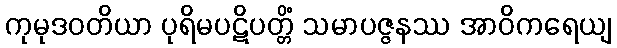
ကုမုဒဝတိယာ ပုရိမပဋိပတ္တိံ သမာပဇ္ဇနဿ အာဝိကရေယျ